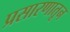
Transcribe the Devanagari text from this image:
प्रसारणातून